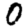
Digit: 0